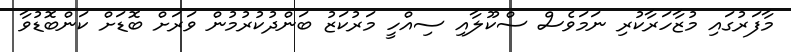
މާފަރުގައި މުޒާހަރާކުރި ނަމަވެސް ސްކޫލާއި ސިއްހީ މަރުކަޒު ބަންދުކުރުމުން ވަރަށް ބޮޑަށް ކަންބޮޑުވާ